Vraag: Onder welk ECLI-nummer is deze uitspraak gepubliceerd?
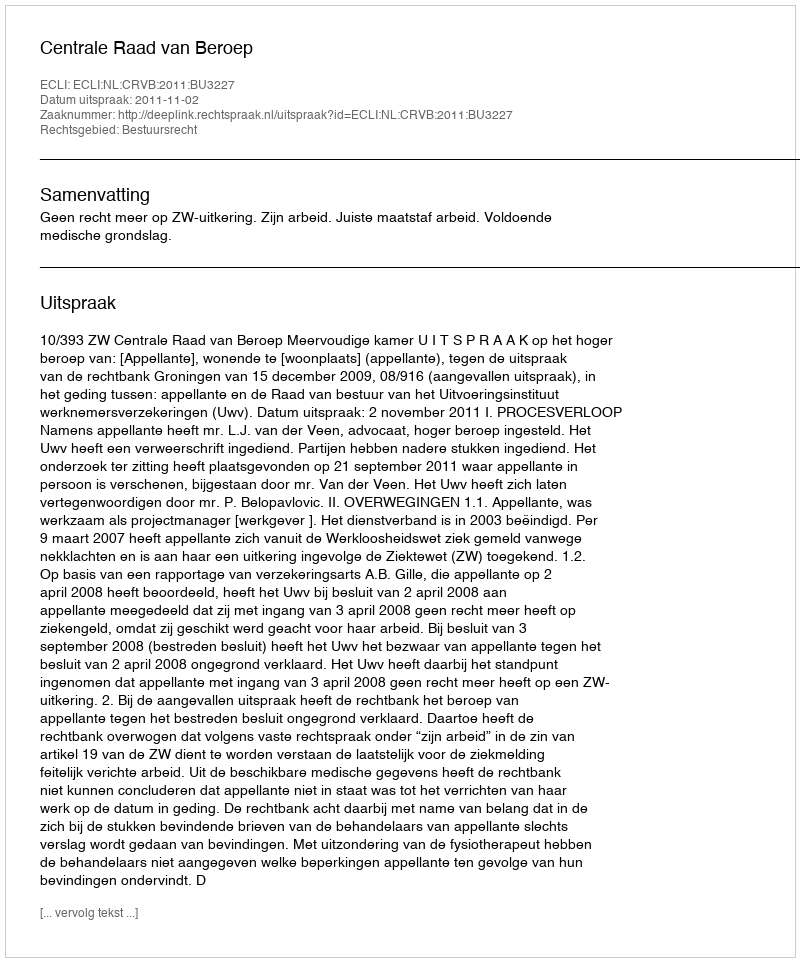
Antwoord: ECLI:NL:CRVB:2011:BU3227